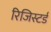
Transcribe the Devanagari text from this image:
रिजिस्टर्ड